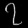
Digit: ၇